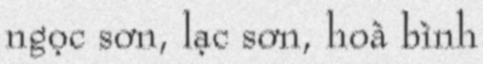
ngọc sơn, lạc sơn, hoà bình